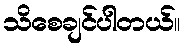
သိစေချင်ပါတယ်။